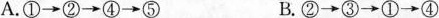
A.①→②→④→⑤ B.②→③→①→④